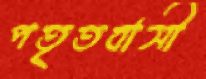
পতৃতবাসী